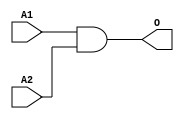
module JCAND2B(A1, A2, O);
input   A1;
input   A2;
output  O;
and g0(O, A1, A2);
endmodule